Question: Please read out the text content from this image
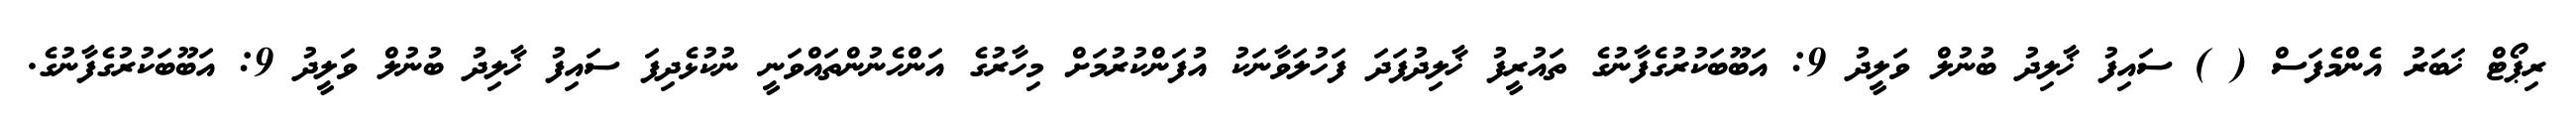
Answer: ރިޕޯޓް ޚަބަރު އެންމެފަސް ( ) ސައިފު ޚާލިދު ބުނުލް ވަލީދު 9: އަބޫބަކުރުގެފާނުގެ ތައުރީފު ޚާލިދުފަދަ ފަހުލަވާނަކު އުފަންކުރުމަށް މިހާރުގެ އަންހެނުންތައްވަނީ ނުކުޅެދިފަ ސައިފު ޚާލިދު ބުނުލް ވަލީދު 9: އަބޫބަކުރުގެފާނުގެ.